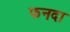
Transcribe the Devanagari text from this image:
फनदा